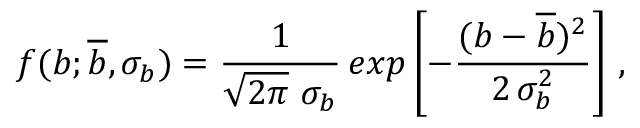
f ( b ; \overline { { { b } } } , \sigma _ { b } ) = \frac { 1 } { \sqrt { 2 \pi } \ \sigma _ { b } } \, e x p \left[ - \frac { ( b - \overline { { { b } } } ) ^ { 2 } } { 2 \, \sigma _ { b } ^ { 2 } } \right] \, ,